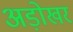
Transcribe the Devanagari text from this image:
अड़ोखर